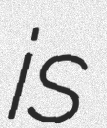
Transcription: is